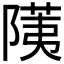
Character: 𬯐